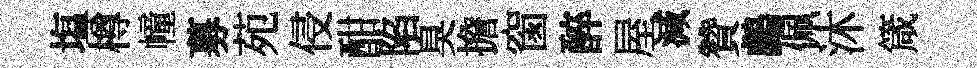
塩樽幢募苑侵酣陷臭擔窗醉屋減贊鸕佩沐箴